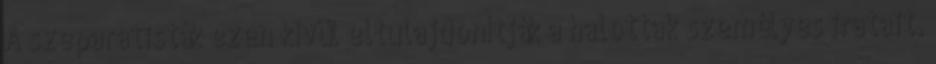
A szeparatisták ezen kívül eltulajdonítják a halottak személyes iratait.